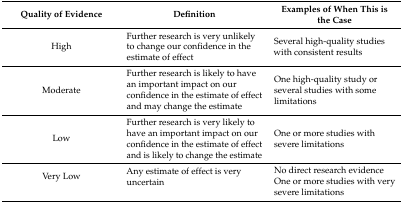
<table><thead><tr><td><b>Quality of Evidence</b></td><td><b>Definition</b></td><td><b>Examples of When This is the Case</b></td></tr></thead><tbody><tr><td>High</td><td>Further research is very unlikely to change our confidence in the estimate of effect</td><td>Several high-quality studies with consistent results</td></tr><tr><td>Moderate</td><td>Further research is likely to have an important impact on our confidence in the estimate of effect and may change the estimate</td><td>One high-quality study or several studies with some limitations</td></tr><tr><td>Low</td><td>Further research is very likely to have an important impact on our confidence in the estimate of effect and is likely to change the estimate</td><td>One or more studies with severe limitations</td></tr><tr><td rowspan="2">Very Low</td><td rowspan="2">Any estimate of effect is very uncertain</td><td>No direct research evidence</td></tr><tr><td>One or more studies with very severe limitations</td></tr></tbody></table>